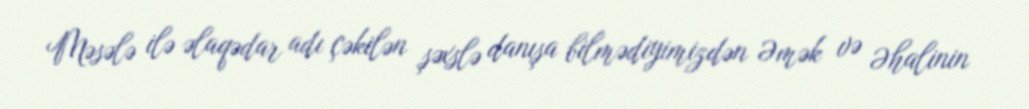
Məsələ ilə əlaqədar adı çəkilən şəxslə danışa bilmədiyimizdən Əmək və Əhalinin